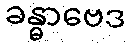
ခန္ဓာဗေဒ